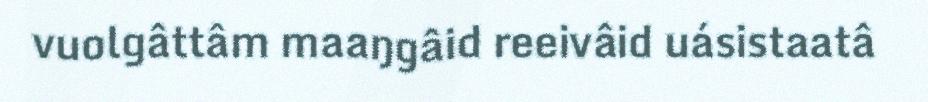
vuolgâttâm maaŋgâid reeivâid uásistaatâ